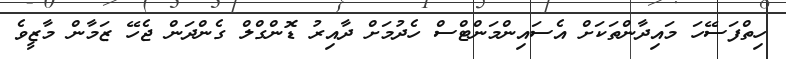
ހިތްފަސޭހަ މައިދާންތަކަށް އެސައިންމަންޓްސް ހެދުމަށް ދާއިރު ޑޮންގްލް ގެންދަން ޖެހޭ ޒަމާން މާޒީވެ